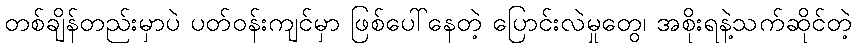
တစ်ချိန်တည်းမှာပဲ ပတ်ဝန်းကျင်မှာ ဖြစ်ပေါ်နေတဲ့ ပြောင်းလဲမှုတွေ၊ အစိုးရနဲ့သက်ဆိုင်တဲ့